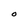
Character: O